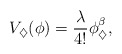
\begin{align*}V_\diamondsuit(\phi)=\frac{\lambda}{4!}\phi^\beta_\diamondsuit,\end{align*}